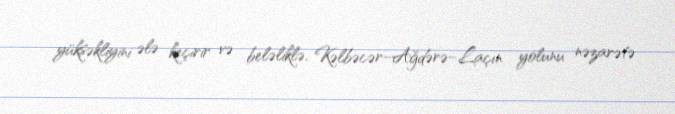
yüksəkliyini ələ keçirir və beləliklə, Kəlbəcər–Ağdərə–Laçın yolunu nəzarətə